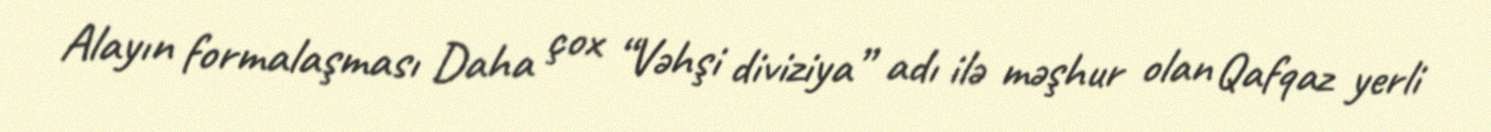
Alayın formalaşması Daha çox “Vəhşi diviziya” adı ilə məşhur olan Qafqaz yerli